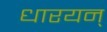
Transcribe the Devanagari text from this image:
धारयन्